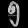
Digit: ၅